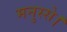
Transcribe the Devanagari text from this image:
मनुस्से।